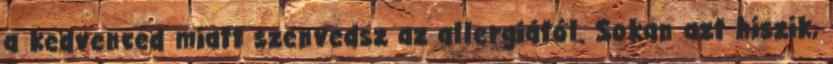
a kedvenced miatt szenvedsz az allergiától. Sokan azt hiszik,